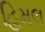
હિમલ